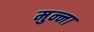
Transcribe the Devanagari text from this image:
मुन्‍ना